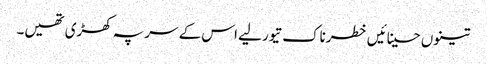
تینوں حسینائیں خطرناک تیور لیے اس کے سر پہ کھڑی تھیں۔